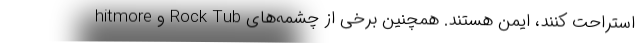
hitmore و Rock Tub استراحت کنند، ایمن هستند. همچنین برخی از چشمه‌های